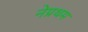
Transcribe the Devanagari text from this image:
नेप्रथम